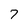
Character: 7